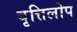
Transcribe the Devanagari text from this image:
वृत्तिलोप